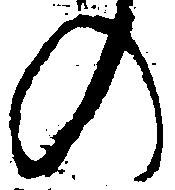
の